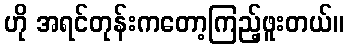
ဟို အရင်တုန်းကတော့ကြည့်ဖူးတယ်။